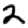
Digit: 2